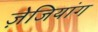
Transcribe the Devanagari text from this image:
ज़ेजियांग